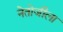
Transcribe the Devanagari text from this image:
नेतोजीला